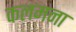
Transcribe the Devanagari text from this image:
कलमना